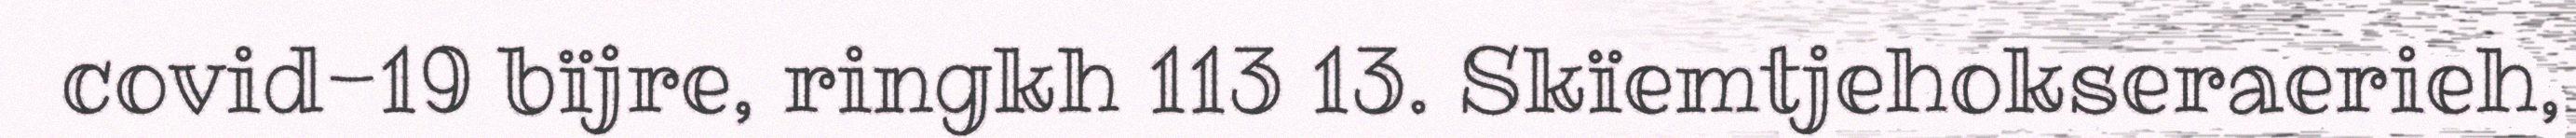
covid-19 bïjre, ringkh 113 13. Skïemtjehokseraerieh,